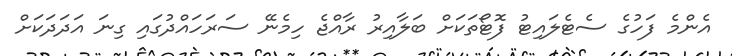
އެންމެ ފަހުގެ ސެޓެލައިޓު ފޮޓޯތަކަށް ބަލާއިރު ރާއްޖެ ހިމެނޭ ސަރަހައްދުގައި ގިނަ އަދަދަކަށް